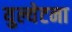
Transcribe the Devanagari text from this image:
युल्येटना